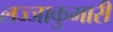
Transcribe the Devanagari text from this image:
लज्जाकुमारी